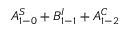
A _ { 1 - 0 } ^ { S } + B _ { 1 - 1 } ^ { I } + A _ { 1 - 2 } ^ { C }